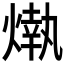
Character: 𤎒